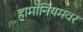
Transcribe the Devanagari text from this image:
हार्मोनियमवर